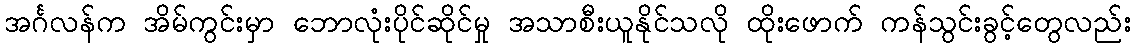
အင်္ဂလန်က အိမ်ကွင်းမှာ ဘောလုံးပိုင်ဆိုင်မှု အသာစီးယူနိုင်သလို ထိုးဖောက် ကန်သွင်းခွင့်တွေလည်း